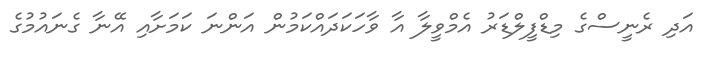
އަދި ރެނީސްގެ މިޑްފީލްޑަރު އެމްވީލާ އާ ވާހަކަދައްކަމުން އަންނަ ކަމަށާއި އޭނާ ގެނައުމުގެ